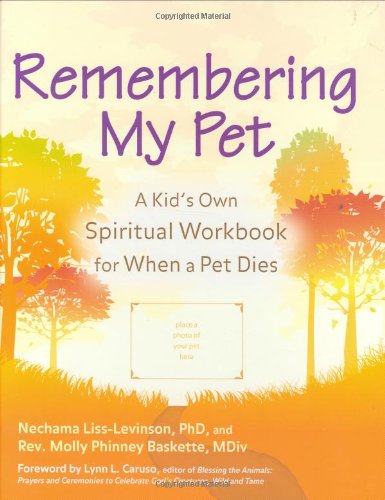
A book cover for Remembering My Pet: A Kid's Own Spiritual Remembering Workbook for When a Pet Dies; Nechama Liss-Levinson; Crafts, Hobbies & Home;